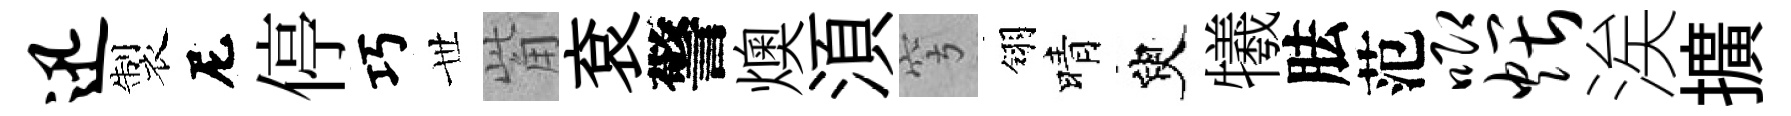
迅製尼停巧𠀍觜袞警燠湏穹翎晴臾犧胠范唧煨涘擴